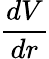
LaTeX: \frac{dV}{dr}